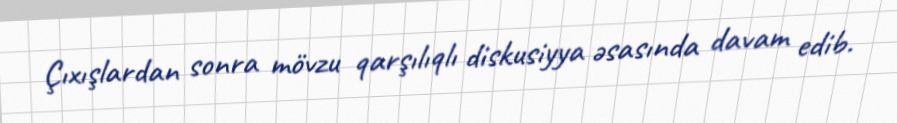
Çıxışlardan sonra mövzu qarşılıqlı diskusiyya əsasında davam edib.